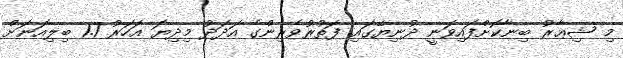
މި ޝިޢާރު ބިނާކޮށްފައިވަނީ ދުނިޔޭގައި ފަތުރުވެރިންގެ އަދަދު މިދިޔަ އަހަރު 1.1 ބިލިއަނަށް